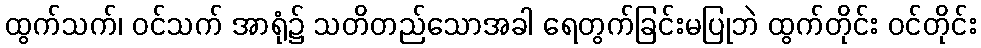
ထွက်သက်၊ ဝင်သက် အာရုံ၌ သတိတည်သောအခါ ရေတွက်ခြင်းမပြုဘဲ ထွက်တိုင်း ဝင်တိုင်း